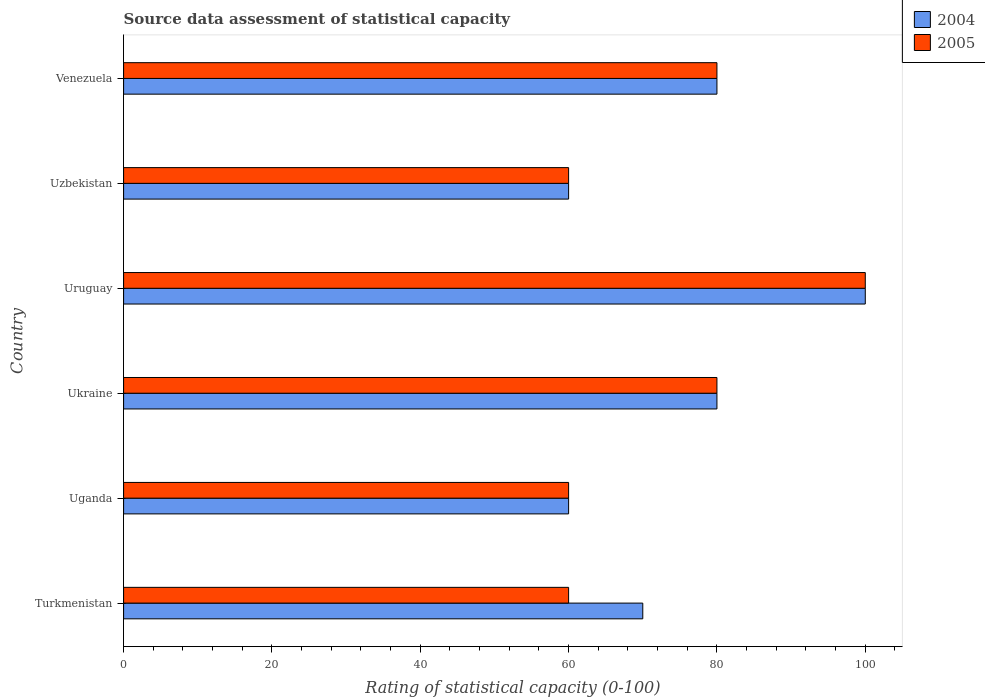
| Country | 2004 | 2005 |
 | --- | --- | --- |
 | Turkmenistan | 70 | 60 |
 | Uganda | 60 | 60 |
 | Ukraine | 80 | 80 |
 | Uruguay | 100 | 100 |
 | Uzbekistan | 60 | 60 |
 | Venezuela | 80 | 80 |